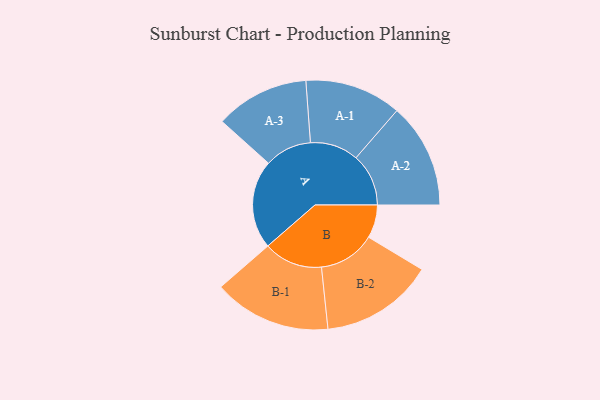
{"axis": {"x": "Segment", "y": "Value"}, "legend": ["", "A", "B"], "data": [{"x": "A", "y": 446, "type": ""}, {"x": "B", "y": 167, "type": ""}, {"x": "A-1", "y": 243, "type": "A"}, {"x": "A-2", "y": 264, "type": "A"}, {"x": "A-3", "y": 236, "type": "A"}, {"x": "B-1", "y": 296, "type": "B"}, {"x": "B-2", "y": 285, "type": "B"}]}